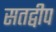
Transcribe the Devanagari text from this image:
सतद्वीप